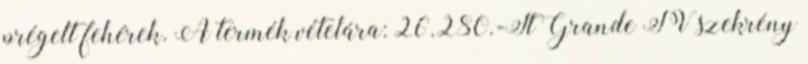
prégelt fehérek. A termék vételára: 26.280.-Ft Grande TV szekrény